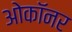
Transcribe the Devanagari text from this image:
ओकॉनर